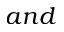
a n d